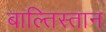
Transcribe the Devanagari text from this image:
बाल्तिस्तान